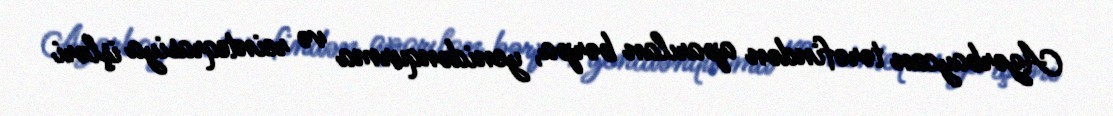
Azərbaycan tərəfindən aparılan bərpa, yenidənqurma və reinteqrasiya işləri